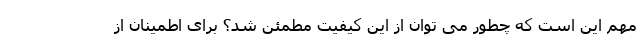
مهم این است که چطور می توان از این کیفیت مطمئن شد؟ برای اطمینان از